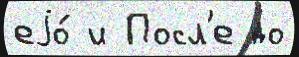
еjо́ и Посл'е до